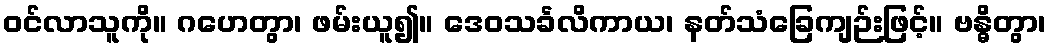
ဝင်လာသူကို။ ဂဟေတွာ၊ ဖမ်းယူ၍။ ဒေဝသင်္ခလိကာယ၊ နတ်သံခြေကျဉ်းဖြင့်။ ဗန္ဓိတွာ၊